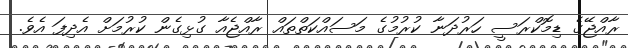
ރާއްޖޭގެ ޑިމޮކްރަސީ ހަރުދަނާ ކުރުމުގެ މަސައްކަތްތައް ރާއްޖެއާ ގުޅިގެން ކުރުމަށް އެދިފަ އެވެ.